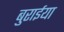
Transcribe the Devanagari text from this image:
बुरार्इया